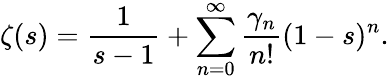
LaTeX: \zeta(s)={\frac{1}{s-1}}+\sum_{n=0}^{\infty}{\frac{\gamma_{n}}{n!}}(1-s)^{n}.